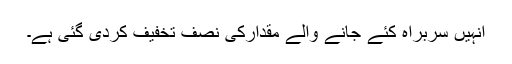
انہیں سربراہ کئے جانے والے مقدارکی نصف تخفیف کردی گئی ہے۔